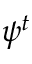
\psi ^ { t }